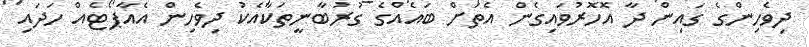
ދިވެހިންގެ ގައިން ދާ އޮހޮރުވައިގެން އެތަށް ބައެެއްގެ ގުރުބާނީތަކާއެކު ދިވެހިން އެއާޕޯޓެއް ހަދައި